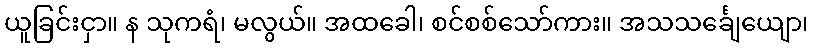
ယူခြင်းငှာ။ န သုကရံ၊ မလွယ်။ အထခေါ၊ စင်စစ်သော်ကား။ အသသင်္ချေယျော၊